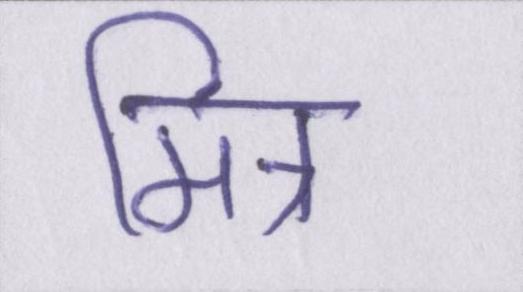
मित्र